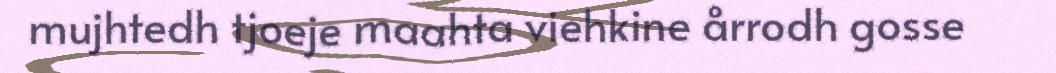
mujhtedh tjoeje maahta viehkine årrodh gosse